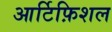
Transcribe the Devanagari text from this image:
आर्टिफ़िशल